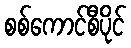
စစ်ကောင်စီပိုင်